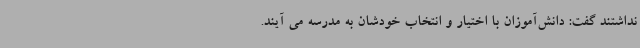
نداشتند گفت: دانش‌آموزان با اختیار و انتخاب خودشان به مدرسه می آیند.